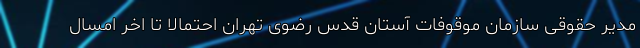
مدیر حقوقی سازمان موقوفات آستان قدس رضوی تهران احتمالا تا اخر امسال